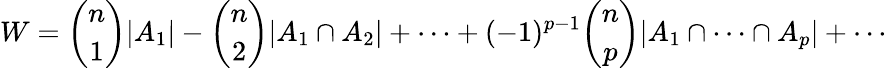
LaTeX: W={\binom{n}{1}}|A_{1}|-{\binom{n}{2}}|A_{1}\cap A_{2}|+\cdots+(-1)^{p-1}{\binom{n}{p}}|A_{1}\cap\cdots\cap A_{p}|+\cdots